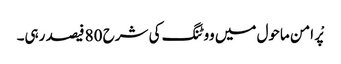
پْر امن ماحول میں ووٹنگ کی شرح 80 فیصد رہی۔